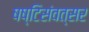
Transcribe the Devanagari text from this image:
षष्टिसंवत्सर